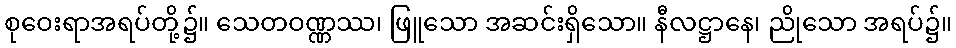
စုဝေးရာအရပ်တို့၌။ သေတဝဏ္ဏဿ၊ ဖြူသော အဆင်းရှိသော။ နီလဋ္ဌာနေ၊ ညိုသော အရပ်၌။